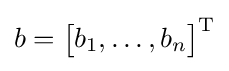
{\textstyle b={\begin{bmatrix}b_{1},\dots ,b_{n}\end{bmatrix}}^{\mathrm {T} }}